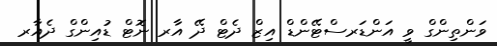
ވަންތިންގް ވީ އަންޑަރސްޓޭންޑް އިޒް ދެޓް ދޭ އާރ ނޮޓް ޑުއިންގް ދެއާރ